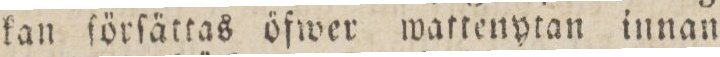
kan ſörſättas öfwer wattenytan innan